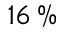
1 6 \, \%